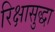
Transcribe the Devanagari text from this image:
रिक्षासुद्धा